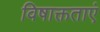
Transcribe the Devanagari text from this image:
विषाक्तताएं